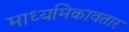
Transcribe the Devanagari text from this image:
माध्यमिकावतार